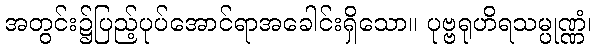
အတွင်း၌ပြည့်ပုပ်အောင်ရာအခေါင်းရှိသော။ ပုဗ္ဗရုဟိရသမ္ပုဏ္ဏံ၊